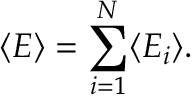
\langle E \rangle = \sum _ { i = 1 } ^ { N } \langle E _ { i } \rangle .